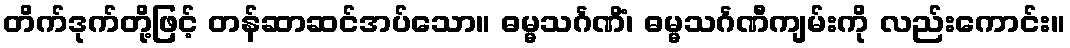
တိက်ဒုက်တို့ဖြင့် တန်ဆာဆင်အပ်သော။ ဓမ္မသင်္ဂဏိံ၊ ဓမ္မသင်္ဂဏီကျမ်းကို လည်းကောင်း။